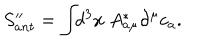
S _ { a n t } ^ { \prime \prime } = \int \! \! d ^ { 3 } x ~ A _ { a \mu } ^ { * } \partial ^ { \mu } c _ { a } .